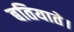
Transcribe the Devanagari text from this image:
बतियाते।